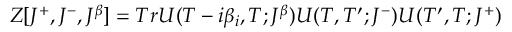
Z [ J ^ { + } , J ^ { - } , J ^ { \beta } ] = T r U ( T - i \beta _ { i } , T ; J ^ { \beta } ) U ( T , T ^ { \prime } ; J ^ { - } ) U ( T ^ { \prime } , T ; J ^ { + } )